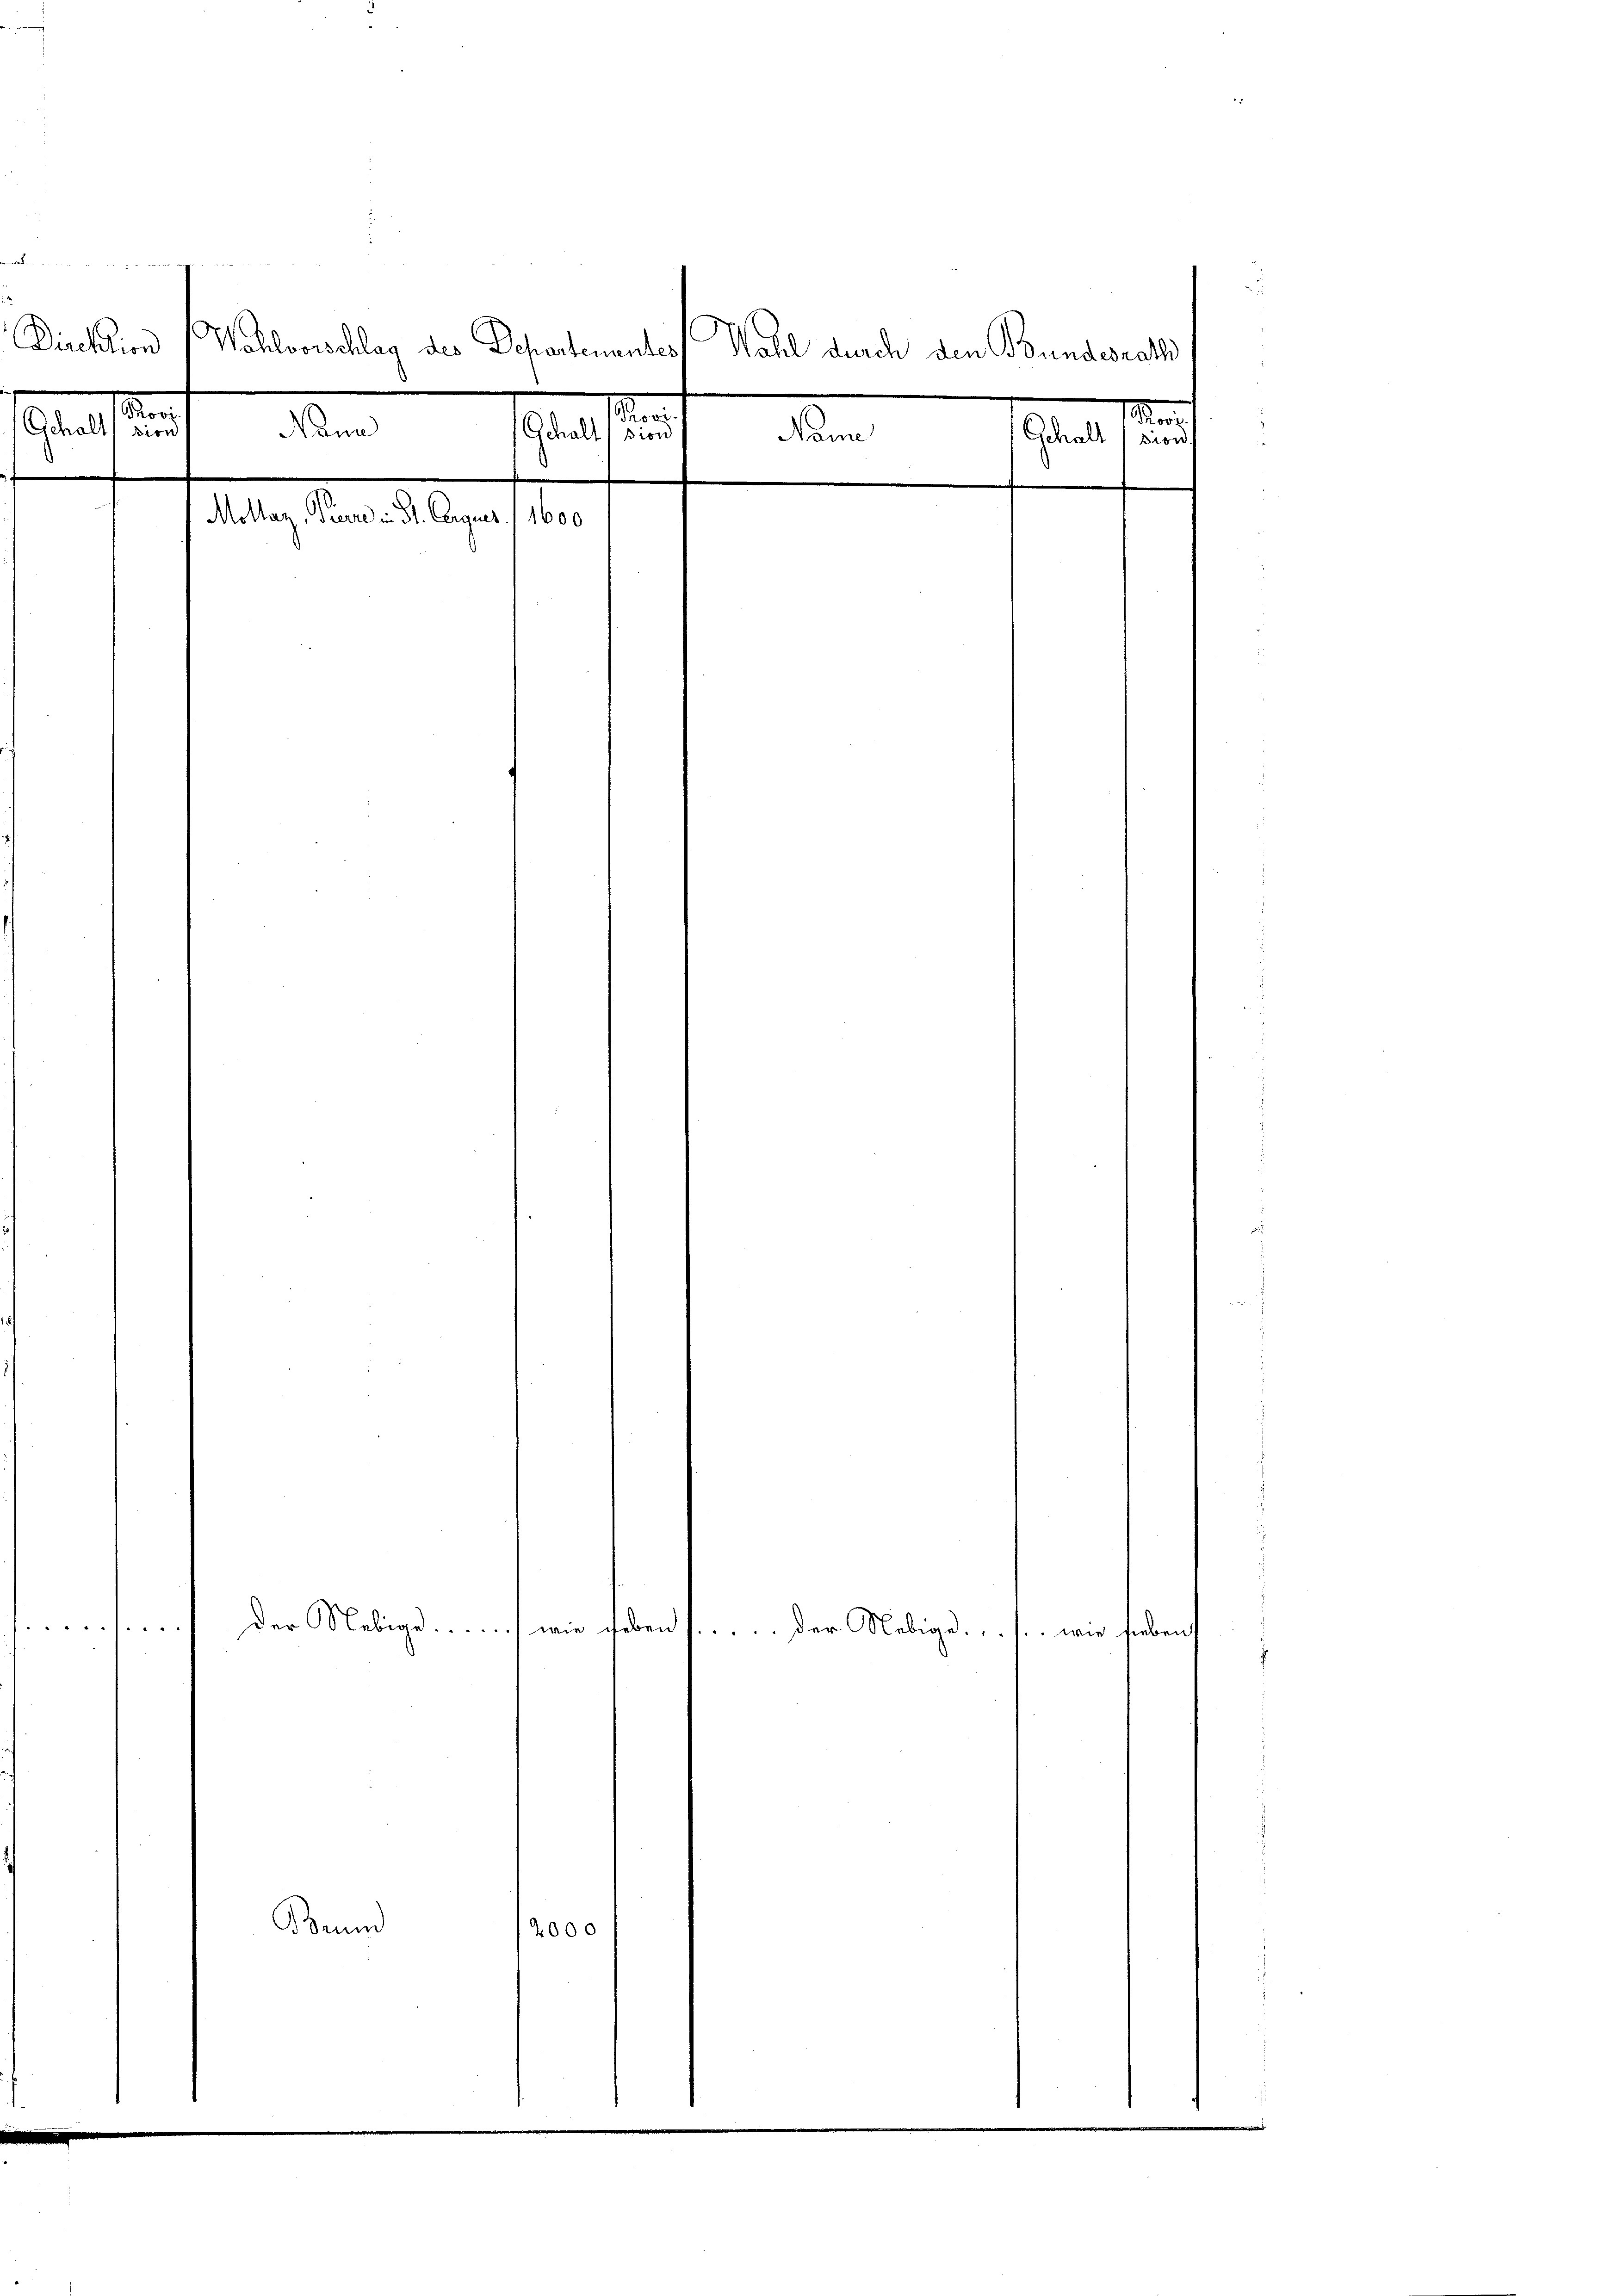
Direktion
|
Gehalt werden Nann

d
Wohlvorschlag des Departementes
dalen state angel der

Beund
12000

.
Gehalt sind

Wahl durch den Bundesrath
Ma
Gehalt (sions
Name

Der Nebig . . . wie haben ..... Der Nebigd. s. wie hieben